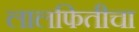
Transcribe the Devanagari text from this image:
लालफितीचा